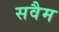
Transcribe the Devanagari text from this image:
सवैम